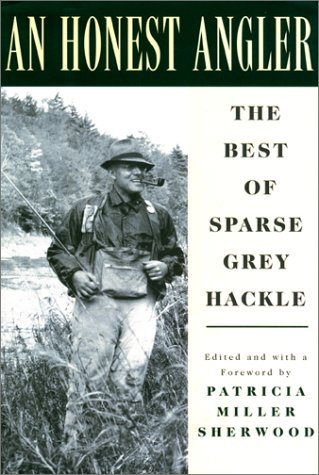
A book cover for An Honest Angler: The Best of Sparse Grey Hackle; Humor & Entertainment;